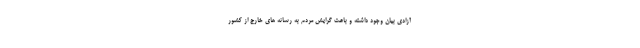
آزادی بیان وجود داشته و باعث گرایش مردم به رسانه های خارج از کشور